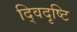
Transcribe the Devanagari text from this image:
द्विदृष्टि